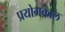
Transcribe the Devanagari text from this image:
प्रयोगकाल